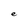
Character: e